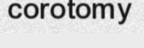
corotomy